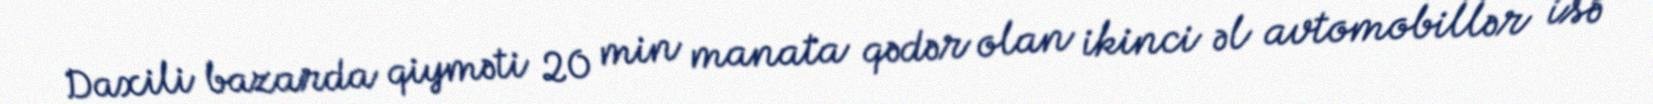
Daxili bazarda qiyməti 20 min manata qədər olan ikinci əl avtomobillər isə